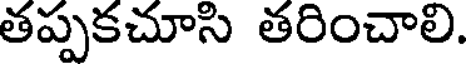
తప్పకచూసి తరించాలి.